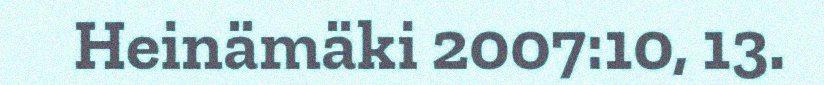
Heinämäki 2007:10, 13.